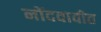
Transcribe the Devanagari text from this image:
नोंदवावीत